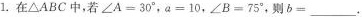
1.在\triangle ABC中，若$$ \angle A = 30°$$，$$a = 10$$，$$\angle B = 75°$$，则b=